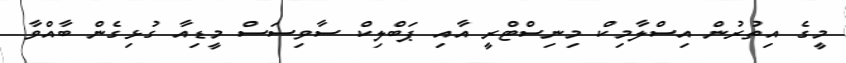
މީގެ އިތުރުން އިސްލާމިކް މިނިސްޓްރީ އާއި ޕަބްލިކް ސާވިސަސް މީޑިއާ ގުޅިގެން ބާއްވާ